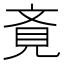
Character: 斍